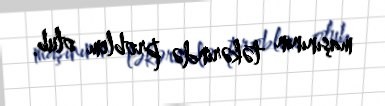
maşınının təkərində problem olub.